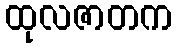
ထုလဇာတက